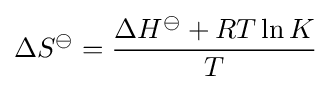
\Delta S^{\ominus }={\frac {\Delta H^{\ominus }+RT\ln K}{T}}